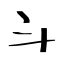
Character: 斗